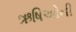
ઋષિઓની